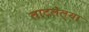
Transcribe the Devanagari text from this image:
लाटलेल्या